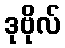
ဒုဗိုလ်